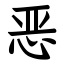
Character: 恶